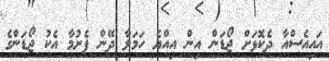
އައިއެސްއާ ދެކޮޅަށް ޖޯޑަން އިން އިއްޔެ ހަަމަލާ ދޭން ފެށުމާ އެކު ޖޯޑަންގެ